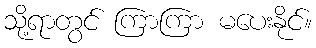
သို့ရာတွင် ကြာကြာ မပေးနိုင်။